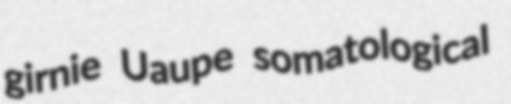
girnie Uaupe somatological